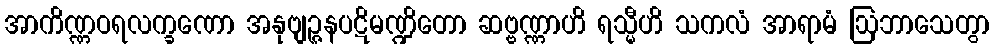
အာကိဏ္ဏဝရလက္ခဏော အနုဗျဉ္ဇနပဋိမဏ္ဍိတော ဆဗ္ဗဏ္ဏာဟိ ရသ္မီဟိ သကလံ အာရာမံ ဩဘာသေတွာ